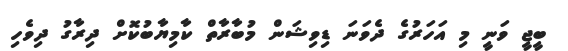
ބީޖީ ވަނީ މި އަހަރުގެ ދެވަނަ ޑިވިޝަން މުބާރާތް ކާމިޔާބުކޮށް ދިރާގު ދިވެހި